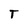
Character: T